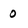
Character: 0